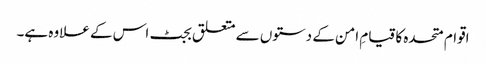
اقوام متحدہ کا قیامِ امن کے دستوں سے متعلق بجٹ اس کے علاوہ ہے۔